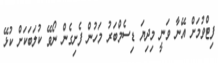
ފިޓްވުމަށް އޭނާ ވަނީ މިދިޔަ ޑިސެމްބަރު މަހުން ފެށިގެން ނޯވޭ ކުލަބަކަށް ކުޅޭ